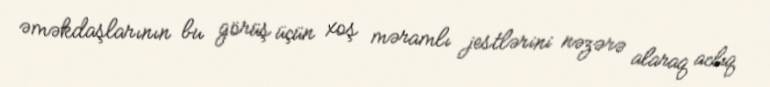
əməkdaşlarının bu görüş üçün xoş məramlı jestlərini nəzərə alaraq aclıq